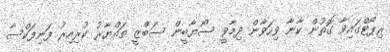
ރިޕޯޓްގައިވާ ގޮތުން ކާނާ ވިހަވާން ދިމާވީ ސޯޔާބީން ސަބްޒީ ތައްޔާރު ކުރިއިރު ފަނިފަކްސާ